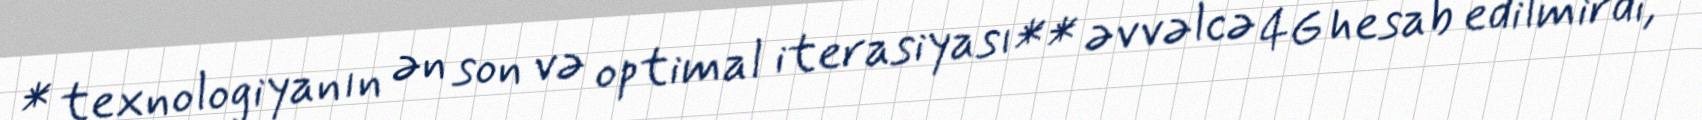
* texnologiyanın ən son və optimal iterasiyası** əvvəlcə 4G hesab edilmirdi,